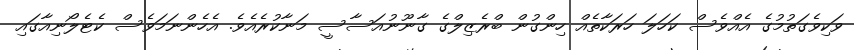
ވަކިވެގަތުމުގެ އެއްވެސް ކަހަލަ ހަރަކާތެއް ހިންގުން ބްރެޒިލްގެ ގާނޫނުއަސާސީ މަނާކުރެއެވެ. އެހެންނަމަވެސް ކެޓެލޯނިއާގައި